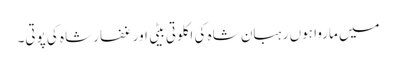
میں ماروا ہوں رہبان شاہ کی اکلوتی بیٹی اور غفار شاہ کی پوتی۔